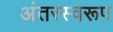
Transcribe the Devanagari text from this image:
अंतरस्वरूप